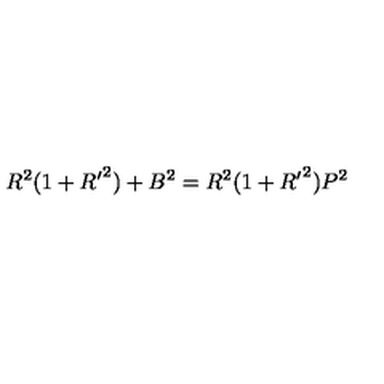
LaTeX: R ^ { 2 } ( 1 + { R ^ { \prime } } ^ { 2 } ) + B ^ { 2 } = R ^ { 2 } ( 1 + { R ^ { \prime } } ^ { 2 } ) P ^ { 2 }